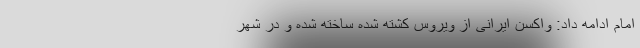
امام ادامه داد: واکسن ایرانی از ویروس کشته شده ساخته شده و در شهر